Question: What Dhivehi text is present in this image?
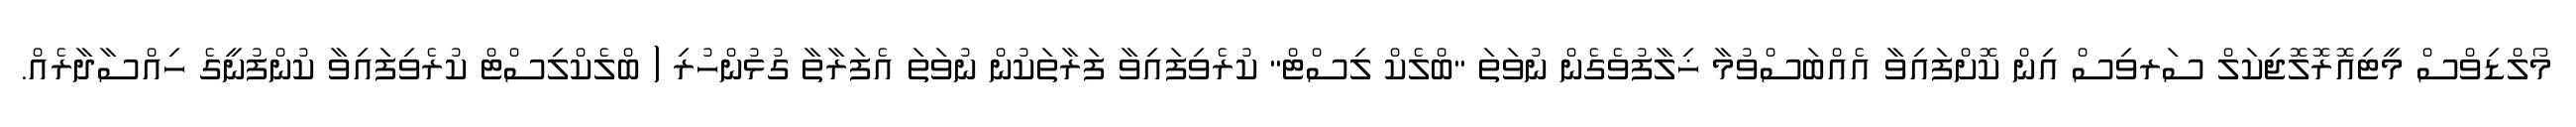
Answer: މޯލްޑިވްސް މީޓިއޮރޮލޮޖިކަލް ސަރވިސް އިން ކޮށްފައިވާ އެއްބަސްވުމާ ޚިލާފުވެގެން ނުވަތަ "ބްލެކް ލިސްޓް" ކުރެވިފައިވާ ފަރާތަކުން ނުވަތަ އެފަރާތާ ގުޅުންހުރި ( ބްލެކްލިސްޓް ކުރެވިފައިވާ ކުންފުނީގެ ހިއްސާދާރެއް.